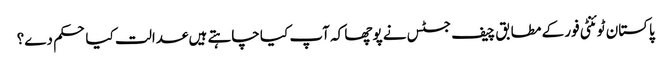
پاکستان ٹوئنٹی فور کے مطابق چیف جسٹس نے پوچھا کہ آپ کیا چاہتے ہیں عدالت کیا حکم دے؟